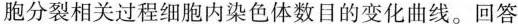
胞分裂相关过程细胞内染色体数目的变化曲线。回答